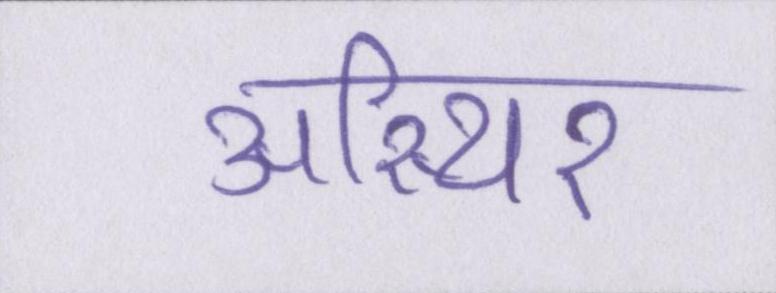
अस्थिर